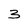
Character: 3